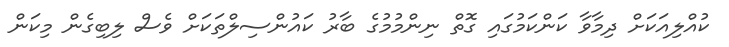
ކުއްލިއަކަށް ދިމާވާ ކަންކަމުގައި ގޮތް ނިންމުމުގެ ބާރު ކައުންސިލްތަކަށް ވެސް ލިބިގެން މިކަން